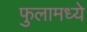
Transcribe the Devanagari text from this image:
फुलामध्ये